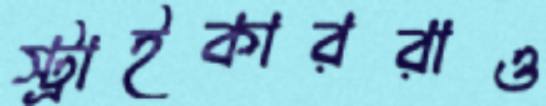
স্ট্রাইকাররাও